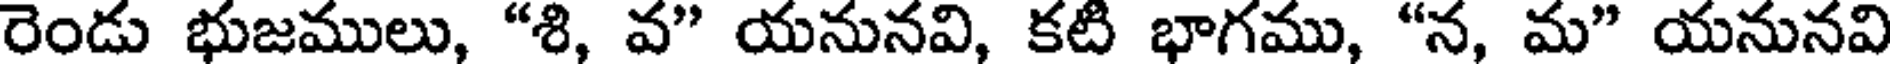
రెండు భుజములు, "శి, వ" యనునవి, కటి భాగము, "న, మ" యనునవి